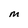
Character: M